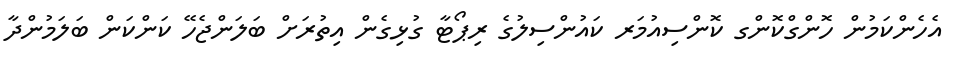
އެހެންކަމުން ހޮންގްކޮންގ ކޮންސިއުމަރ ކައުންސިލުގެ ރިޕޯޓާ ގުޅިގެން އިތުރަށް ބަލަންޖެހޭ ކަންކަން ބަލަމުންދާ